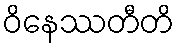
ဝိနေဿတီတိ